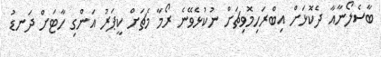
ބާސެލޯނާއާ ދެކޮޅަށް އިބްރަހިމޮވިޗަށް ނުކުޅެވޭނެ ރޯމާ މެޗަށް ކީޕަރު އަންގި ހާޓަށް ދަނޑު